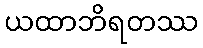
ယထာဘိရတဿ